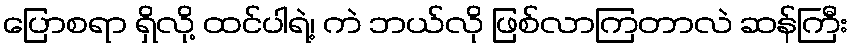
ပြောစရာ ရှိလို့ ထင်ပါရဲ့၊ ကဲ ဘယ်လို ဖြစ်လာကြတာလဲ ဆန်ကြီး